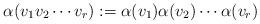
LaTeX: \begin{align*}\alpha(v_1v_2\cdots v_r):=\alpha(v_1)\alpha(v_2)\cdots \alpha(v_r)\end{align*}